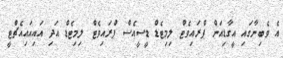
އެ ވެބިނާގައި އީގާޑިއަން ޕްރައިވެޓް ލިމިޓެޑް ޑީސީއެސް ޕްރައިވެޓް ލިމިޓެޑް އަދި އައިއައިއެޗްޓީ